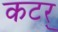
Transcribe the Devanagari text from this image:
कटर्‌